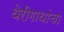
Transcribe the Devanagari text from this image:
थेरीगाथांचा